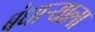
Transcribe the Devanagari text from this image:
बंधार्‍याला